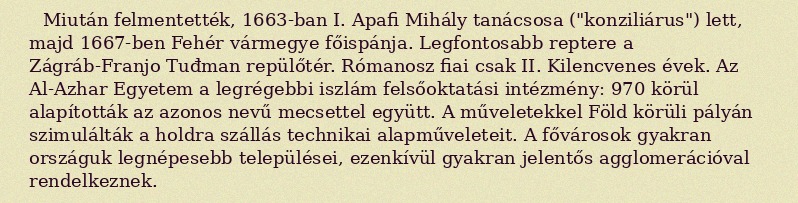
Miután felmentették, 1663-ban I. Apafi Mihály tanácsosa ("konziliárus") lett, majd 1667-ben Fehér vármegye főispánja. Legfontosabb reptere a Zágráb-Franjo Tuđman repülőtér. Rómanosz fiai csak II. Kilencvenes évek. Az Al-Azhar Egyetem a legrégebbi iszlám felsőoktatási intézmény: 970 körül alapították az azonos nevű mecsettel együtt. A műveletekkel Föld körüli pályán szimulálták a holdra szállás technikai alapműveleteit. A fővárosok gyakran országuk legnépesebb települései, ezenkívül gyakran jelentős agglomerációval rendelkeznek.